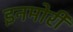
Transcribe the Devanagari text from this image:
इनमोरी